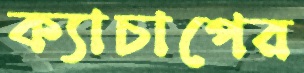
ক্যাচাপের